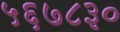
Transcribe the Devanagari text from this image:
५६७८३०